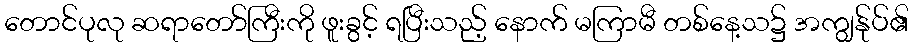
တောင်ပုလု ဆရာတော်ကြီးကို ဖူးခွင့် ရပြီးသည့် နောက် မကြာမီ တစ်နေ့သ၌ အကျွန်ုပ်၏